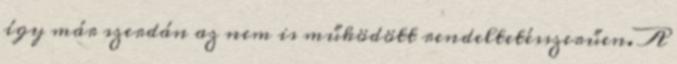
így már szerdán az nem is működött rendeltetésszerűen. A